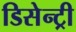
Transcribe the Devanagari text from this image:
डिसेन्ट्री